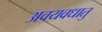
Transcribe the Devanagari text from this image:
अवयवधातु